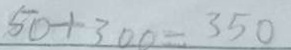
5 0 + 3 0 0 = 3 5 0